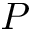
P